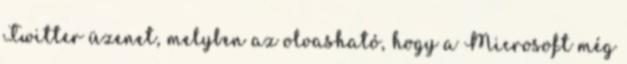
Twitter üzenet, melyben az olvasható, hogy a Microsoft még